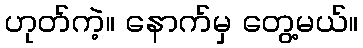
ဟုတ်ကဲ့။ နောက်မှ တွေ့မယ်။